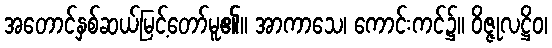
အတောင်နှစ်ဆယ်မြင့်တော်မူ၏။ အာကာသေ၊ ကောင်းကင်၌။ ဝိဇ္ဇုလဋ္ဌိဝ၊